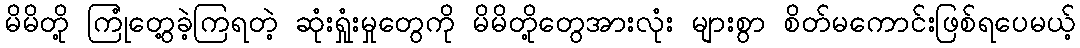
မိမိတို့ ကြုံတွေ့ခဲ့ကြရတဲ့ ဆုံးရှုံးမှုတွေကို မိမိတို့တွေအားလုံး များစွာ စိတ်မကောင်းဖြစ်ရပေမယ့်